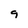
Character: 9